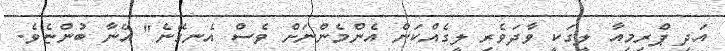
އަދި ޕްރިމިއާ ލީގަކީ ވާދަވެރި ލީގެއްކަން އެންމެންނަށް ވެސް އެނގޭނެ" އޭނާ ބުންޏެވެ.